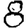
Digit: 8